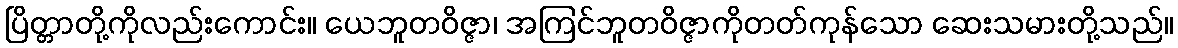
ပြိတ္တာတို့ကိုလည်းကောင်း။ ယေဘူတဝိဇ္ဇာ၊ အကြင်ဘူတဝိဇ္ဇာကိုတတ်ကုန်သော ဆေးသမားတို့သည်။